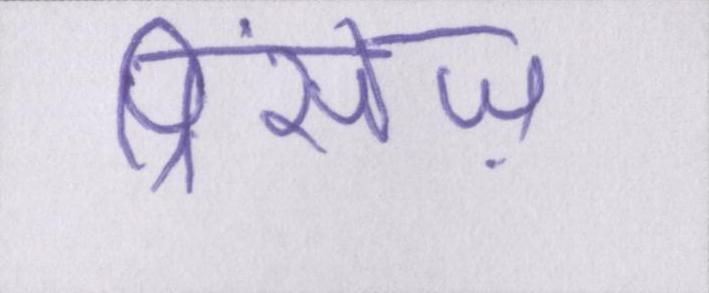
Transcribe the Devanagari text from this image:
प्रिंसेज़